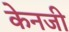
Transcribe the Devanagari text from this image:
केनजी